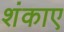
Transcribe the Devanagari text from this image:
शंकाए